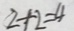
2 + 2 = 4